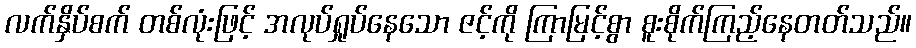
လက်နှိပ်စက် တစ်လုံးဖြင့် အလုပ်ရှုပ်နေသော ဇင့်ကို ကြာမြင့်စွာ စူးစိုက်ကြည့်နေတတ်သည်။